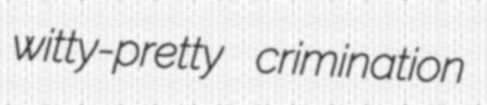
witty-pretty crimination